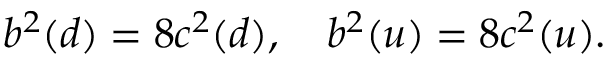
b ^ { 2 } ( d ) = 8 c ^ { 2 } ( d ) , \quad b ^ { 2 } ( u ) = 8 c ^ { 2 } ( u ) .